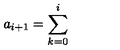
a _ { i + 1 } = \sum _ { k = 0 } ^ { i } \ \